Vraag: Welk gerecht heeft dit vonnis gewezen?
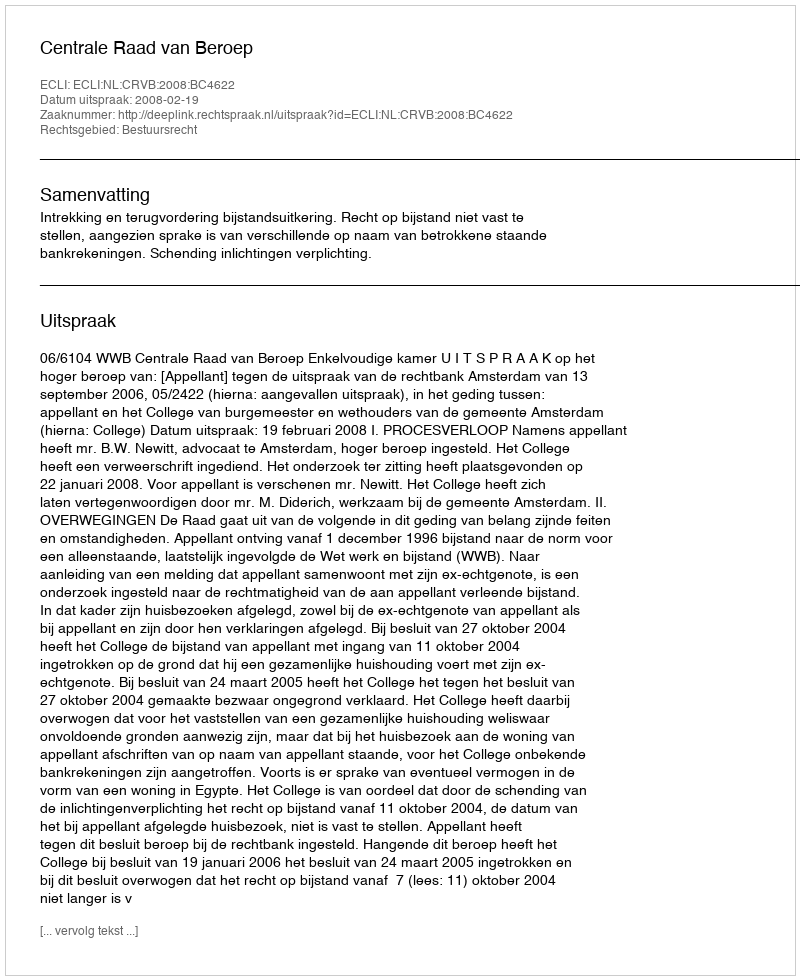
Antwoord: Centrale Raad van Beroep